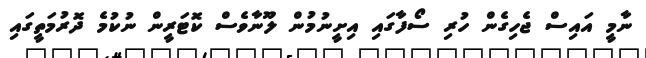
ނާމީ އައިސް ޖެހިގެން ހުރި ސޯފާގައި އިށީނުމުން ލޫނާވެސް ކޮޓަރީން ނުކުމެ ދޮރުމަތީގައި